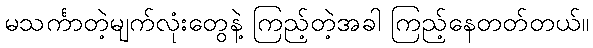
မသင်္ကာတဲ့မျက်လုံးတွေနဲ့ ကြည့်တဲ့အခါ ကြည့်နေတတ်တယ်။